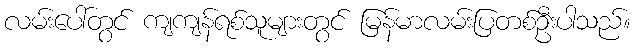
လမ်းပေါ်တွင် ကျကျန်ရစ်သူများတွင် မြန်မာလမ်းပြတစ်ဦးပါသည်။